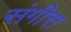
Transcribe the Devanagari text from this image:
संगीत्त